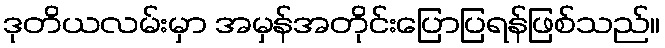
ဒုတိယလမ်းမှာ အမှန်အတိုင်းပြောပြရန်ဖြစ်သည်။